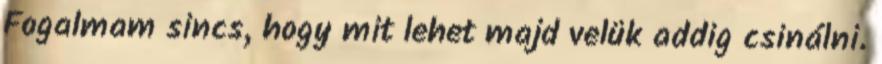
Fogalmam sincs, hogy mit lehet majd velük addig csinálni.